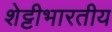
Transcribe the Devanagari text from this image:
शेट्टीभारतीय